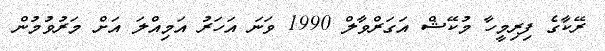
ރޭކާގެ ފިރިމީހާ މުކޭޝް އަގަރްވާލް 1990 ވަނަ އަހަރު އަމިއްލަ އަށް މަރުވުމުން